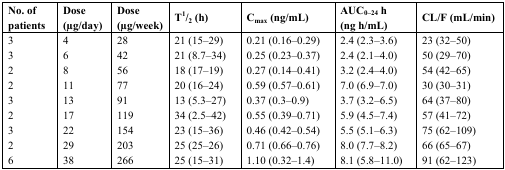
<table><thead><tr><td><b>No. of patients</b></td><td><b>Dose (μg/day)</b></td><td><b>Dose (μg/week)</b></td><td><b>T<sup>1</sup>/<sub>2</sub> (h)</b></td><td><b>C<sub>max</sub> (ng/mL)</b></td><td><b>AUC<sub>0–24</sub> h(ng h/mL)</b></td><td><b>CL/F (mL/min)</b></td></tr></thead><tbody><tr><td>3</td><td>4</td><td>28</td><td>21 (15–29)</td><td>0.21 (0.16–0.29)</td><td>2.4 (2.3–3.6)</td><td>23 (32–50)</td></tr><tr><td>3</td><td>6</td><td>42</td><td>21 (8.7–34)</td><td>0.25 (0.23–0.37)</td><td>2.4 (2.1–4.0)</td><td>50 (29–70)</td></tr><tr><td>2</td><td>8</td><td>56</td><td>18 (17–19)</td><td>0.27 (0.14–0.41)</td><td>3.2 (2.4–4.0)</td><td>54 (42–65)</td></tr><tr><td>2</td><td>11</td><td>77</td><td>20 (16–24)</td><td>0.59 (0.57–0.61)</td><td>7.0 (6.9–7.0)</td><td>30 (30–31)</td></tr><tr><td>3</td><td>13</td><td>91</td><td>13 (5.3–27)</td><td>0.37 (0.3–0.9)</td><td>3.7 (3.2–6.5)</td><td>64 (37–80)</td></tr><tr><td>2</td><td>17</td><td>119</td><td>34 (2.5–42)</td><td>0.55 (0.39–0.71)</td><td>5.9 (4.5–7.4)</td><td>57 (41–72)</td></tr><tr><td>3</td><td>22</td><td>154</td><td>23 (15–36)</td><td>0.46 (0.42–0.54)</td><td>5.5 (5.1–6.3)</td><td>75 (62–109)</td></tr><tr><td>2</td><td>29</td><td>203</td><td>25 (25–26)</td><td>0.71 (0.66–0.76)</td><td>8.0 (7.7–8.2)</td><td>66 (65–67)</td></tr><tr><td>6</td><td>38</td><td>266</td><td>25 (15–31)</td><td>1.10 (0.32–1.4)</td><td>8.1 (5.8–11.0)</td><td>91 (62–123)</td></tr></tbody></table>